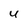
Character: 4